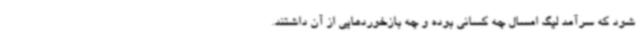
شود که سرآمد لیگ امسال چه کسانی بوده و چه بازخوردهایی از آن داشتند.